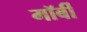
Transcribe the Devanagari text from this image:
मॉर्बी